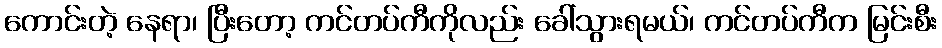
ကောင်းတဲ့ နေရာ၊ ပြီးတော့ ကင်တပ်ကီကိုလည်း ခေါ်သွားရမယ်၊ ကင်တပ်ကီက မြင်းစီး